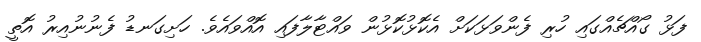
ފަޅު ގޯއްޗެއްގައި ހުރި ފެންވަޅަކަށް އެކޮޅުކޮޅުން ވައްޓާލާފައި އޮއްވައެވެ. ހަށިގަނޑު ފެނުނުއިރު އޮތީ